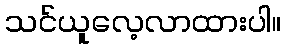
သင်ယူလေ့လာထားပါ။